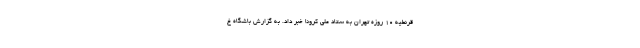
قرنطیه ۱۰ روزه تهران به ستاد ملی کرونا خبر داد. به گزارش باشگاه خ